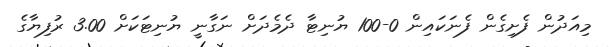
މިއަދުން ފެށިގެން ފެނަކައިން 0-100 ޔުނިޓާ ދެމެދަށް ނަގާނީ ޔުނިޓަކަށް 3.00 ރުފިޔާގެ